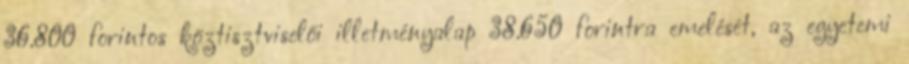
36.800 forintos köztisztviselői illetményalap 38.650 forintra emelését, az egyetemi